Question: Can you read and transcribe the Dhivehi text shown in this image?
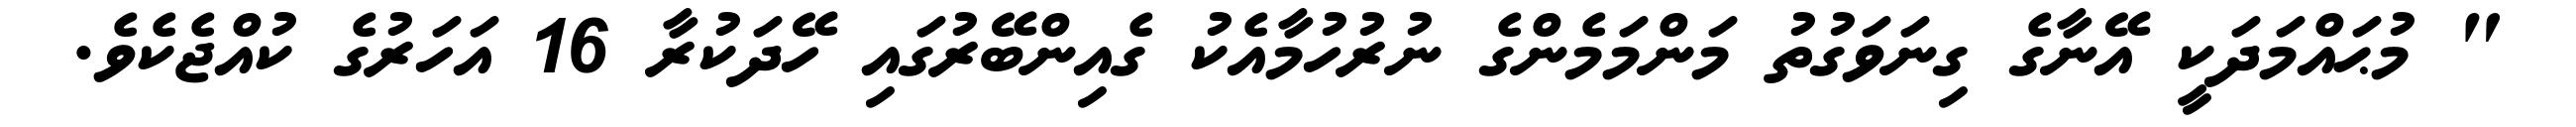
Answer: " މުޙައްމަދަކީ އޭނާގެ ގިނަވަގުތު މަންމަމެންގެ ނުރުހުމާއެކު ގެއިންބޭރުގައި ހޭދަކުރާ 16 އަހަރުގެ ކުއްޖެކެވެ.